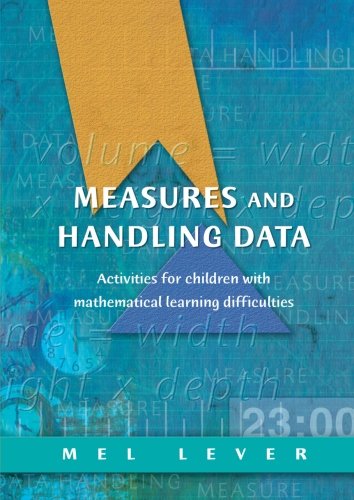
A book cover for Measures and Handling Data: Activities for Children with Mathematical Learning Difficulties; Mel Lever; Health, Fitness & Dieting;